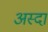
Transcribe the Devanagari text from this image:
अस्दा